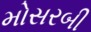
મોસરબી